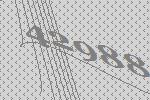
42988